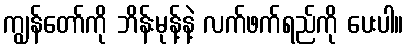
ကျွန်တော်ကို ဘိန်းမုန့်နဲ့ လက်ဖက်ရည်ကို ပေးပါ။